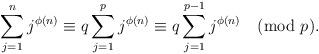
LaTeX: \begin{align*}\sum_{j=1}^{n}j^{\phi(n)} \equiv q \sum_{j=1}^{p}j^{\phi(n)} \equiv q \sum_{j=1}^{p-1}j^{\phi(n)} \pmod{p}.\end{align*}